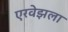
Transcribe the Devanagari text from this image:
एरवेझला